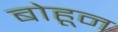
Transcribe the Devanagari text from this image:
बोहून